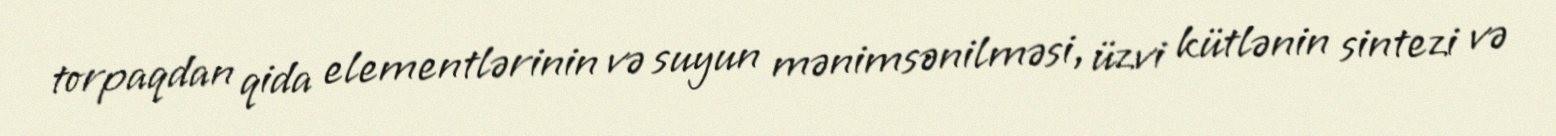
torpaqdan qida elementlərinin və suyun mənimsənilməsi, üzvi kütlənin sintezi və